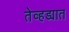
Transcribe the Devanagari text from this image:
तेव्हड्यात